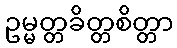
ဥမ္မတ္တခိတ္တစိတ္တာ